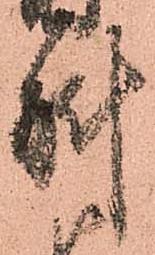
斛